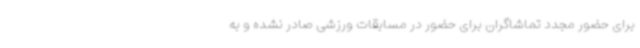
برای حضور مجدد تماشاگران برای حضور در مسابقات ورزشی صادر نشده و به